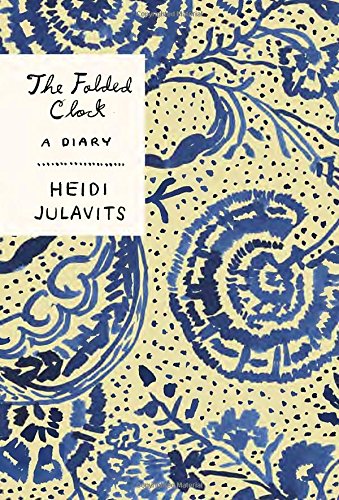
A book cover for The Folded Clock: A Diary; Heidi Julavits; Literature & Fiction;